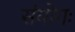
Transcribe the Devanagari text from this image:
संयोगः